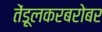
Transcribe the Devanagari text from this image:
तेंडूलकरबरोबर